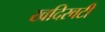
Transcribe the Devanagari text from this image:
खदिरवटी